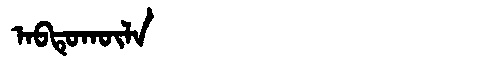
Manchu: ᠠᠪᡨᡠᡴᡡᠯᠠ
Romanization: ABTUKŪLA